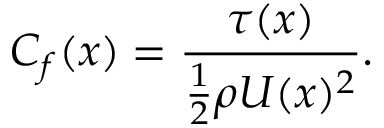
C _ { f } ( x ) = \frac { \tau ( x ) } { \frac { 1 } { 2 } \rho U ( x ) ^ { 2 } } .